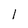
Character: l